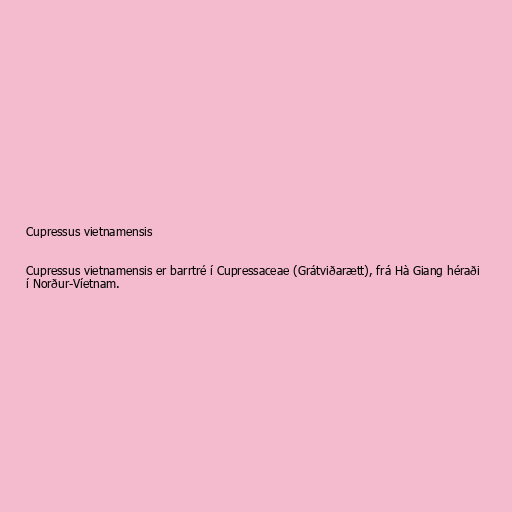
Cupressus vietnamensis

Cupressus vietnamensis er barrtré í Cupressaceae (Grátviðarætt), frá Hà Giang héraði
í Norður-Víetnam.